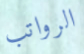
الرواتب